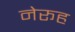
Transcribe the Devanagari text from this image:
नेरूह